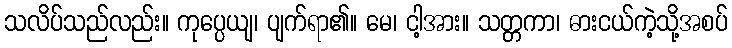
သလိပ်သည်လည်း။ ကုပ္ပေယျ၊ ပျက်ရာ၏။ မေ၊ ငါ့အား။ သတ္တကာ၊ ဓားငယ်ကဲ့သို့အစပ်